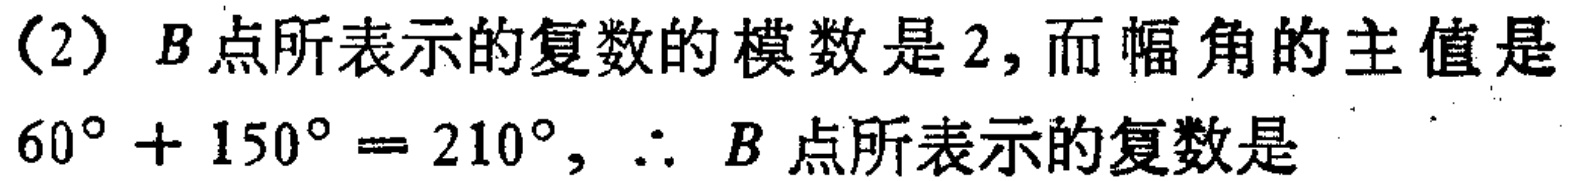
（2）$B$点所表示的复数的模数是$2$，而幅角的主值是$60^{\circ}+150^{\circ}=210^{\circ}$，$\therefore$$B$点所表示的复数是